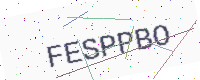
Text: FESPPBO